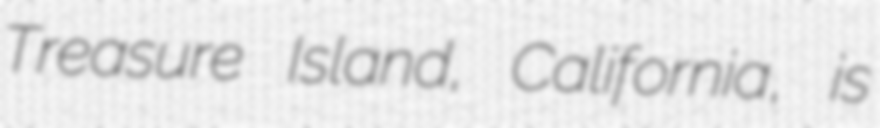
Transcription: Treasure Island, California, is